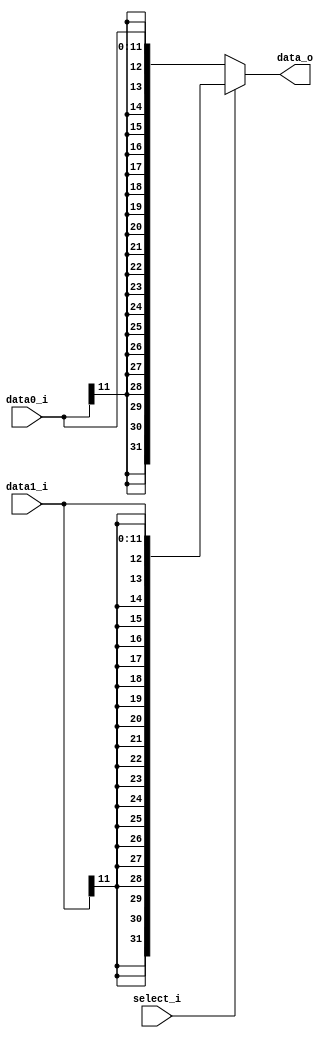
`timescale 1ns / 1ps
//////////////////////////////////////////////////////////////////////////////////
// Company: 
// Engineer: 
// 
// Design Name: 
// Module Name: Sign_Extender
// Project Name: 
// Target Devices: 
// Tool Versions: 
// Description: 
// 
// Dependencies: 
// 
// Revision:
// Revision 0.01 - File Created
// Additional Comments:
// 
//////////////////////////////////////////////////////////////////////////////////


module Sign_Extend(
    select_i,
    data0_i,
    data1_i,
    data_o     
);
input [11:0] data0_i,data1_i;
input select_i;
output[31:0] data_o;

assign data_o = (select_i)? {{20{data1_i[11]}},data1_i} : {{20{data0_i[11]}},data0_i} ; 

endmodule